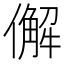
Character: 𠎿